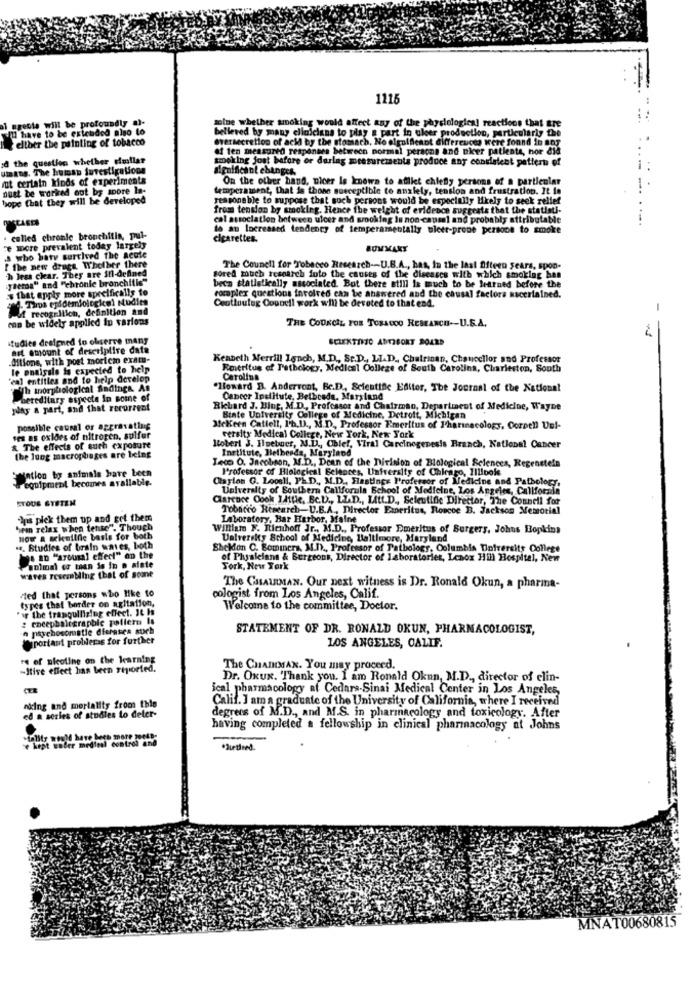
1115
al agente will be profoundly al-
moine whether smoking would affect any of the physiological reactions that are
I have to be extended also to
belleved by many clinicians to play a part in uleer production, particularly the
elther the painting of tobacco
oversecretion of acid by the stomach, No olgulfleant differences were found in soy
of ten measured responses between pormal persone and nicer patiente, nor did
d the question whether dollar
moking jost before or darlag measurements produce any consistent pattern of
:...
umans. The human juvestigations
significant changes.
fut certain kinds of experiments
On the other hand, ulcer Is known to afliet chiefly persons of a particular
nust be worked out by spore la-
temperament, that is those susceptible to auxlety, tension and frustration. It in
-
hope that they will be developed
reasonable to suppose that such persons would be especially likely to seek relief
from tension by smoking. Hence the weight of evidence suggests that the statisti-
cal association between ulcer and smookfag is non-causal and probably attributable
to an Increased tendency of temperamentally bleet-prope persone to smoke
· called chronle bronchitis, pul-
cigarettes.
re more prevalent today largely
BOMMANY
s who bare survived the acute
[ the new drugs. Whether there
h less clear. They are il-defined
The Counell for Tobacco Research -- U.B.A ., has, In the last Ofteen years, spon-
ytema" and "chronle bronchitis"
gored much research foto the causes of the diseases with which smoking han
$ that apply more specifically to
beca statistically associated. But there still is much to be learned before the
4. Tiros epidemiologicel Nudies
rocaplex questions involved can be answered and the chusal factors ascertained.
Contluuleg Council work whi be devoted to that end.
Jf recognition, definition and
-
can be widely applied in various
THE COUNCIL FOR TOSAOOO RESEARCH -- U.S.A.
studies designed to observe many
ast amount of descriptive data
Ditions, with post mortem exatu-
Kenneth Merrill Inch, M.D ., Sc.D ., LI.D ., Chairinan, Chancellor and Professor
le onaissle is expected to help
Emeritus of Pathology, Mediest College of South Carolina, Charleston, South
cal entities and to help develop
Carolina
h tporubological findings. As
"Howard B. Andersont, Be.D, Scientific Editor, The Journal of the National
hereditary especta In some of
Cancer Institute, Betbreda, Maryland
play a part, and that recurrent
Richard J. Bing, M.D ., Professor and Chairman, Department of Medicine, Wayne
Binte University College of Medicine, Detroit, Michigan
possible causal or aggravating
MeKeen Cattell, I'h.D ., M.D, Professor Emeritus of Pharmacology, Cornell Unl-
ses as oxides of nitrogen, sulfer
versity Medical College, New York, New York
& The effects of such exposure
Robert J. Ilpeboer, 23.D ., Cblef, VIral Carcinogenesis Branch, Katlobal Cancer
Institute, Bethesda, Maryland
the long macrophages are being
Mation to animals have been
Teco O. Jacobsen, M.D ., Dean of the Division of Biological Sciences, Regenstein
Professor of Biological Belepces, University of Chicago, Illibole
equipment becomes available.
Cylon G. Loosll, PL D ., M.D ., Hastings Professor of Medicine and Pathology,
University of Southern Callforula School of Medicine, Los Angeles, California
STOUS SYSTEM
Clarence Cook Little, Bc.D ., LLD ., Litt.D ., Scientific Director, The Council for
Tobacco Research-U.B.A ., Director Experitus, Roscoe B. Jackson Memorial
Ips plek them up and get them
Laboratory, Bar Harbor, Maine
hem relax when tense". Though
William N. Richhoff Jr ., M.D ., Professor Emeritus of Burgers, Johns Hopkins
How a scheuilnie basis for both
University School of Medicine, Baltimore, Maryland
... Studies of brain waves, both
Sheklon C. Bominers, M.I ., Professor of Pathology, Columbia University College
. an ""arousal effect" on the
of Plusleians & Bergeons, Director of Laboratoriet, Lenox Hill Hospital, New
animal or toen is in o alate
Tork, New York
wares resembling that of some
Fied that persons who like to
The CHAIRMAN. Our next witness is Dr. Ronald Okun, a pharma-
types that border on agitation,
cologist from Los Angeles, Calif.
' the tranquilizing effect. It Is
Welcome to the committee, Doctor.
: encephalegraphic polfern Is
n psychosomatic dierases stich
STATEMENT OF DR. RONALD OKUN, PHARMACOLOGIST,
Ciportant problemas for further
LOS ANGELES, CALIF.
" of nicotine on the learning
"Itive effect has been reported.
The CHAINMAN. You may proceed.
Dr. OxUx. Thank you. I am Ronald Okun, M.D ., director of elin-
ical pharmacology af Cedars-Sinai Medical Center in Los Angeles,
Calif. I am a graduate of the University of California, where I received
nking and mortality from this
ed a series of studies to deter-
degrees of M.D ., and M.S. in pharmacology and toxicology. After
having completed a fellowship in clinical pharmacology at Johns
se kept saber m
*Turtleed.
MNAT00680815